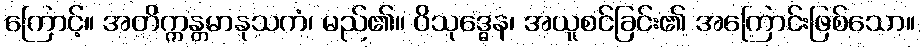
ကြောင့်။ အတိက္ကန္တမာနုသကံ၊ မည်၏။ ဝိသုဒ္ဓေန၊ အယူစင်ခြင်း၏ အကြောင်းဖြစ်သော။